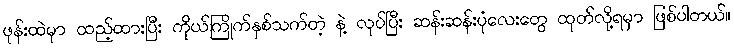
ဖုန်းထဲမှာ ထည့်ထားပြီး ကိုယ်ကြိုက်နှစ်သက်တဲ့ နဲ့ လုပ်ပြီး ဆန်းဆန်းပုံလေးတွေ ထုတ်လို့ရမှာ ဖြစ်ပါတယ်။